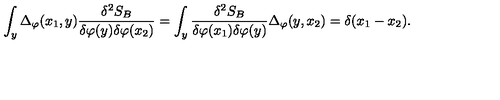
\int _ { y } \Delta _ { \varphi } ( x _ { 1 } , y ) \frac { \delta ^ { 2 } S _ { B } } { \delta \varphi ( y ) \delta \varphi ( x _ { 2 } ) } = \int _ { y } \frac { \delta ^ { 2 } S _ { B } } { \delta \varphi ( x _ { 1 } ) \delta \varphi ( y ) } \Delta _ { \varphi } ( y , x _ { 2 } ) = \delta ( x _ { 1 } - x _ { 2 } ) .